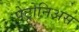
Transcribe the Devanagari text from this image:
पेट्रोनिअस